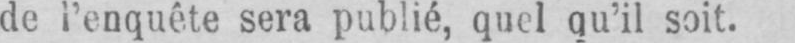
de l’enquête sera publié, quel qu’il soit.